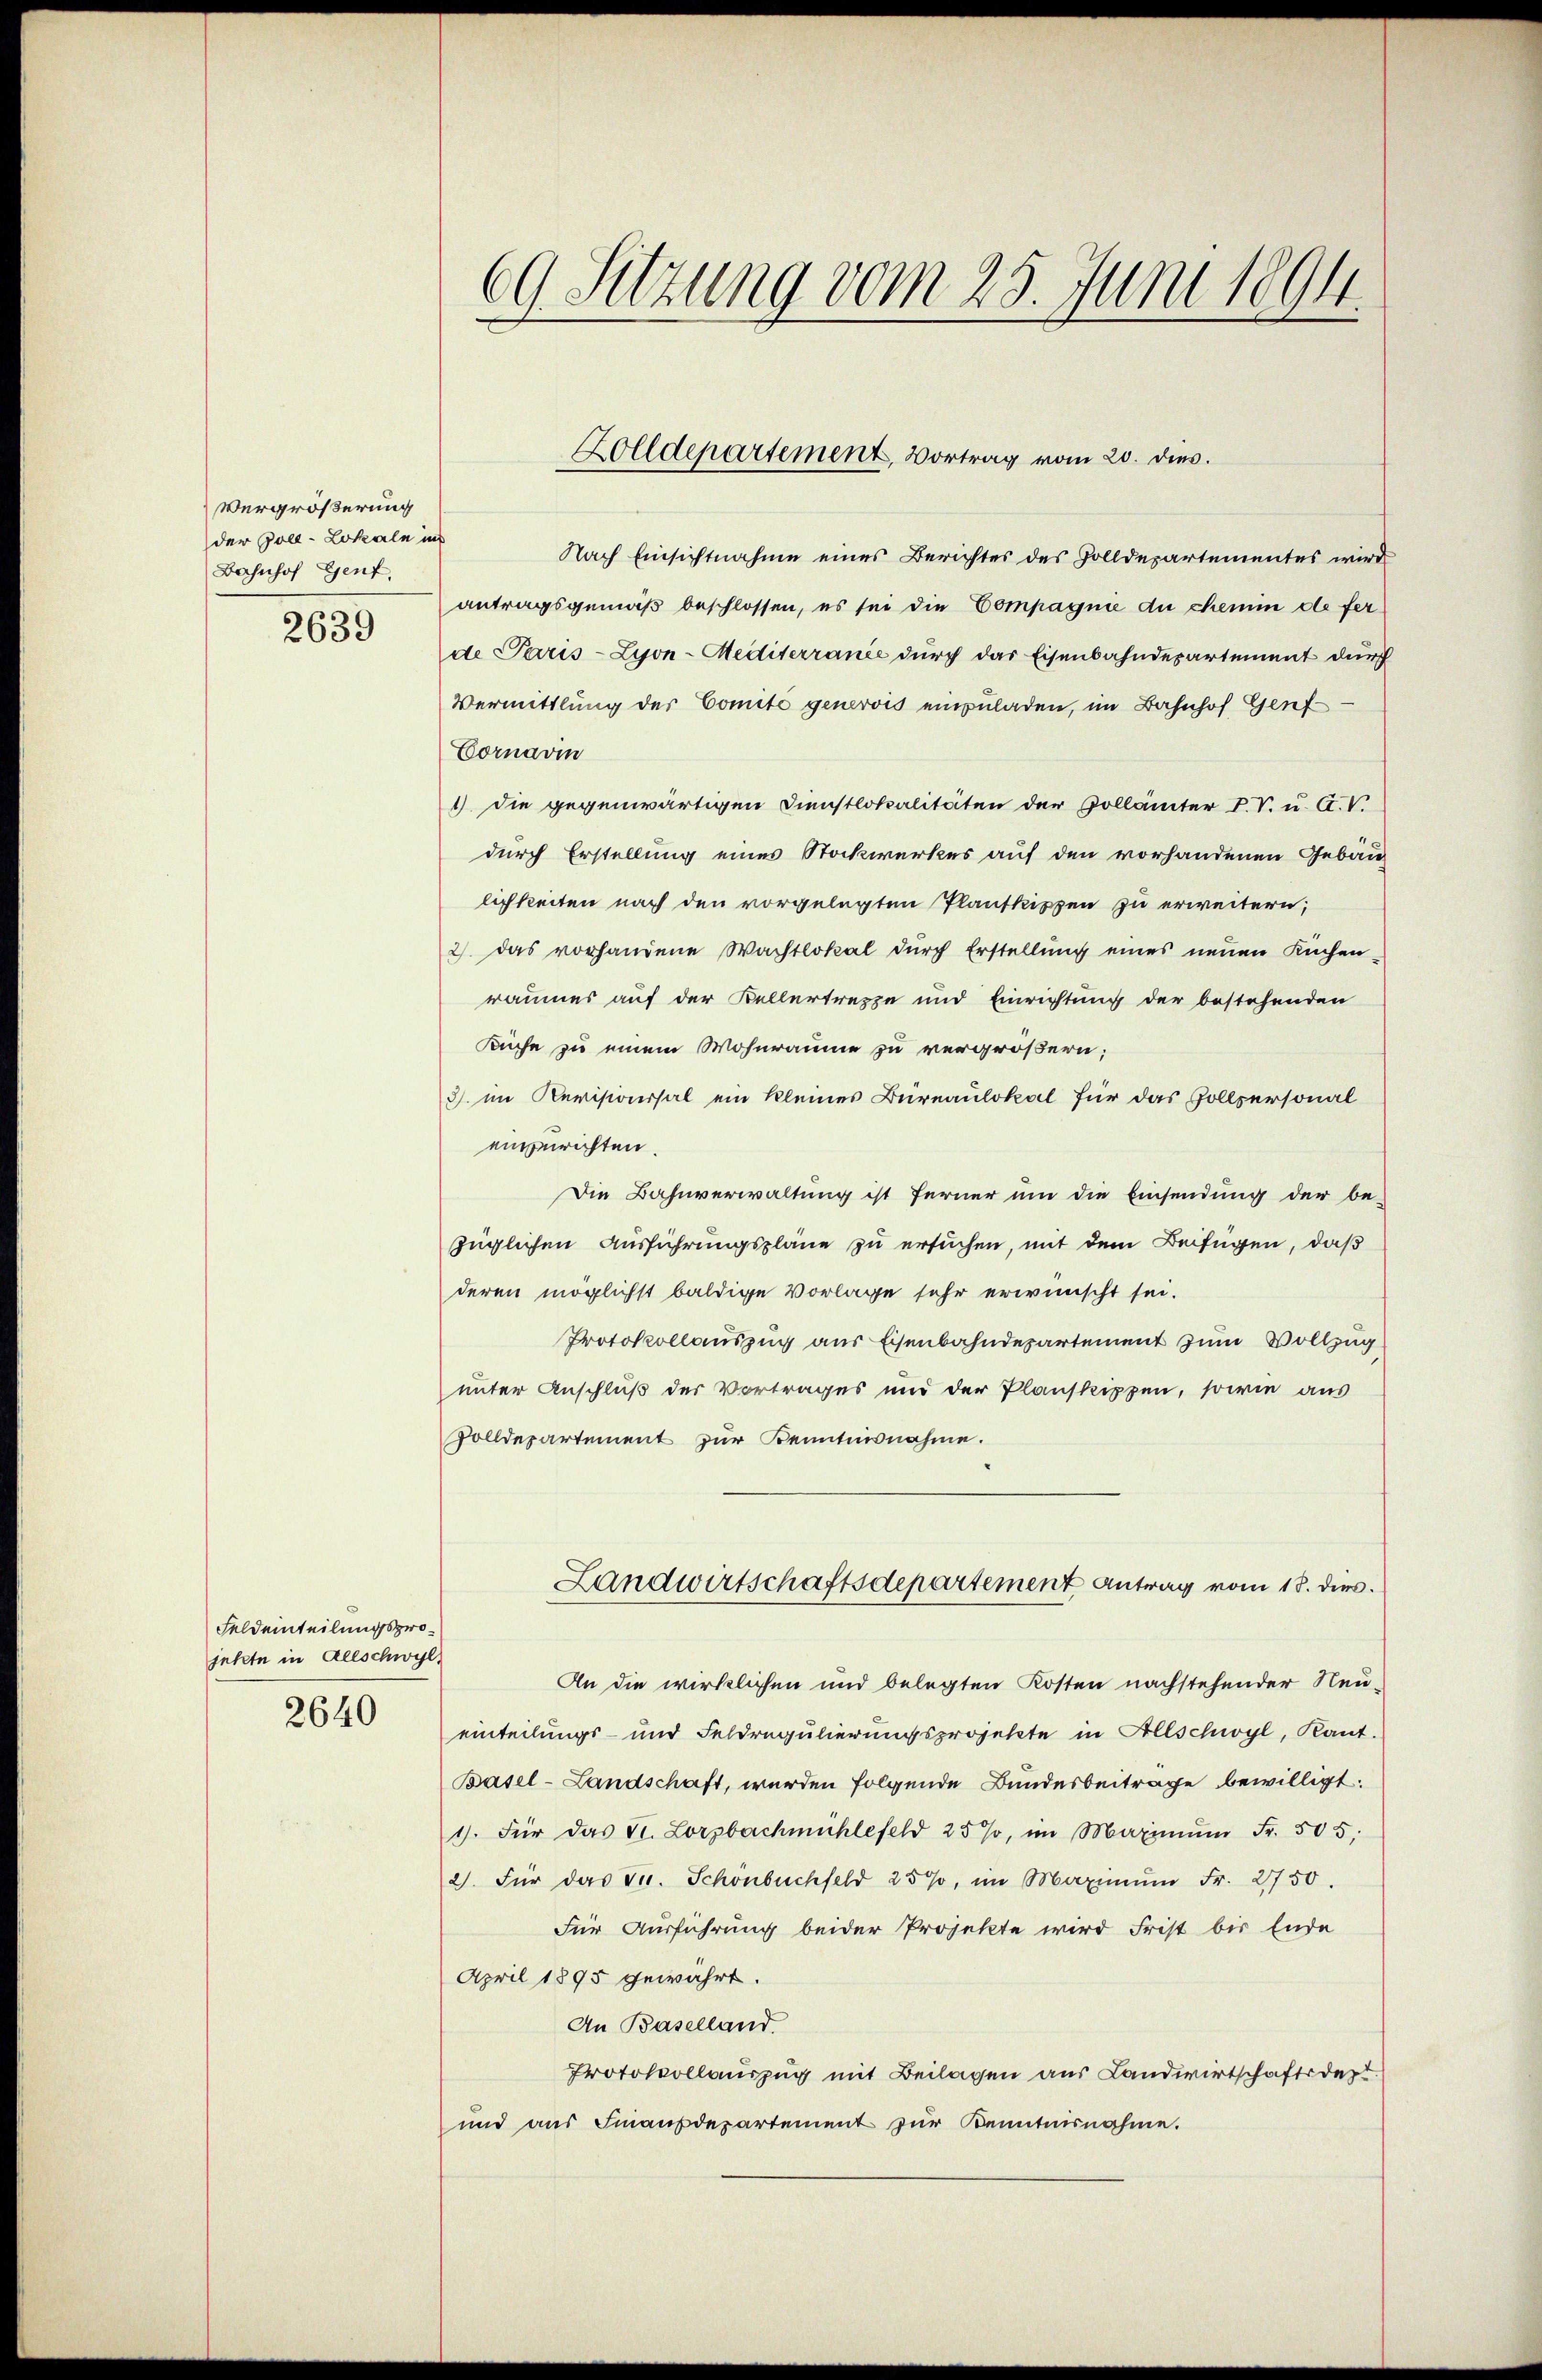
Vergrößerung
der Zoll-Lokale in
Bahnhof Genf,
2639

Feldeinteilungsprojetzte in Allschwyl,
2640

69. Sitzung vom 25. Juni 189

Nach Einsichtnahme eines Berichtes des Zolldepartementes wird
antragsgemäß beschlossen, es sei die Compagnie du chemm de fer
de Paris - Lyon-Mediterrance durch das Eisenbahndepartement durch
Vermittlung der Comite generois einzuladen, im Bahnhof Genf
Cornavin
1) die gegenwärtigen Dienstlokalitäten der Gollämter P. V. u. C.V.
durch Erstellung eines Stockwerkes auf den vorhandenen Gebäu
lichkeiten nach den vorgelegten Plantkippen zu erweitern,
2) das vorhandene Wachtlokal durch Erstellung eines neuen Küchen
raumes auf der Kellertreppe und Einrichtung der bestehenden
Küche zu einem Wohnräume zu vergrößern;
3. im Revisionssal ein kleines Büreaulokal für das Zollpersonal
einzurichten.
Die Bahnverwaltung ist ferner um die Einsendung der be-
züglichen Ausführungspläne zu ersuchen, mit dem Beifügen, daß
deren möglichst baldige Vorlage sehr erwünscht sei.
Protokollauszug aus Eisenbahndepartement zum Vollzug
unter Anschluß der Vortrages und der Planskippen, sowie aus
Zolldepartement zur Kenntnisnahme.
Landwirtschaftsdepartement Antrag vom 18. dies.
An die wirklichen und belegten Kosten nachstehender Neu
einteilungs- und Feldregulierungsprojekte in Allschwyl, Kant.
Basel-Landschaft, werden folgende Bundesbeitrage bewilligt.
1. Für das St. Lorzbachmühlefeld 25%, im Maximŭm Fr. 505,
2. Für das St. Schönbuchfeld 25%, im Maximŭm Fr. 2750.
Für Ausführung beider Projekte wird Frist bis Ende
April 1895 gewährt.
An Baselland
Protokollauszug mit Beilagen aus Landwirtschaftsdep
und aŭs Finanzdepartement zŭr Kenntnisnahme.

Zolldepartement, Vortrag vom 20. dies.